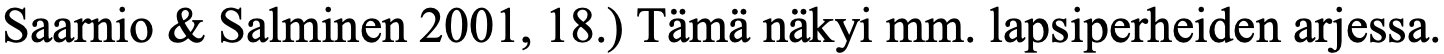
Saarnio & Salminen 2001, 18.) Tämä näkyi mm. lapsiperheiden arjessa.